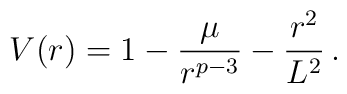
V(r) = 1 -{\mu\over r^{p-3}}- {r^2\over L^2} \,.